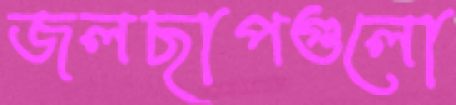
জলছাপগুলো